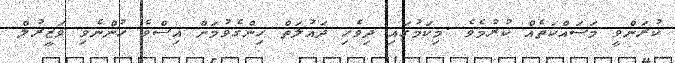
ކުރަންވީ މަސައްކަތެއް ކުރުމެވެ .މިކަމުގައި ދިވެހި ދައުލަތް ހިންގެވުމަށް އިސްވެ ހުންނެވި ވަޒީރުލް